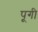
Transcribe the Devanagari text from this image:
पूगी